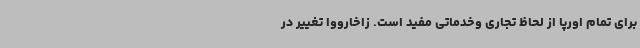
برای تمام اورپا از لحاظ تجاری وخدماتی مفید است. زاخارووا تغییر در